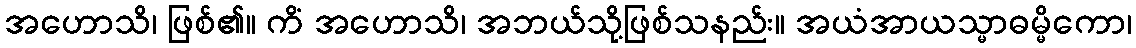
အဟောသိ၊ ဖြစ်၏။ ကိံ အဟောသိ၊ အဘယ်သို့ဖြစ်သနည်း။ အယံအာယသ္မာဓမ္မိကော၊